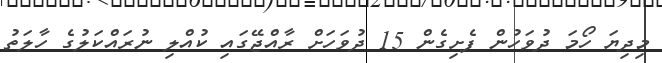
މިދިޔަ ހޯމަ ދުވަހުން ފެށިގެން 15 ދުވަހަށް ރާއްޖޭގައި ކުއްލި ނުރައްކަލުގެ ހާލަތު